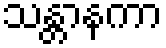
သန္တာနကာ